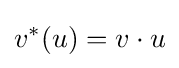
v^{*}(u)=v\cdot u